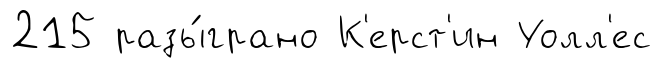
215 разы́грано К'ерст'ин Уолл'ес